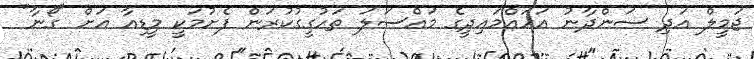
ޖަމީލް އަދި ސަންދާނު އަހައްމައިދީގެ މައްސަލަ ތަހުގީގުކުރަން ފެށުމަކީ މީޑިއާ އަށް "ގޯނާ"